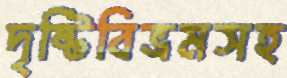
দৃষ্টিবিভ্রমসহ